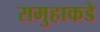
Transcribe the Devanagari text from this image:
समुहाकडे